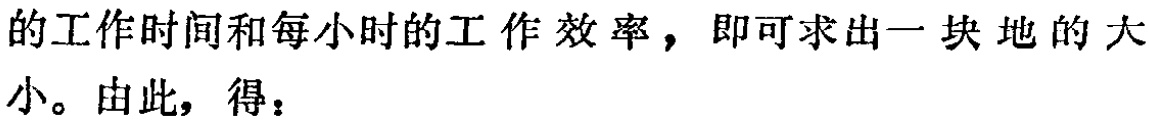
的工作时间和每小时的工作效率，即可求出一块地的大小。由此，得：